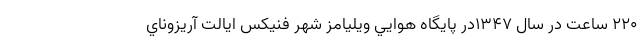
۲۲۰ ساعت در سال ۱۳۴۷در پايگاه هوايي ويليامز شهر فنيكس ايالت آريزوناي